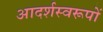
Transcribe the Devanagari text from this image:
आदर्शस्वरूपों